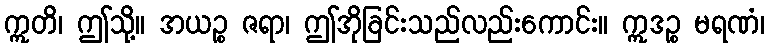
ဣတိ၊ ဤသို့။ အယဉ္စ ဇရာ၊ ဤအိုခြင်းသည်လည်းကောင်း။ ဣဒဉ္စ မရဏံ၊